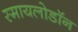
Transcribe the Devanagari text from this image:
स्मायलोडॉन